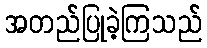
အတည်ပြုခဲ့ကြသည်